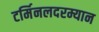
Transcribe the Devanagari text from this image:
टर्मिनलदरम्यान